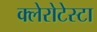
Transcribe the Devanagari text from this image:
क्लेरोटेस्टा